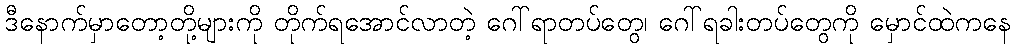
ဒီနောက်မှာတော့တို့များကို တိုက်ရအောင်လာတဲ့ ဂေါ်ရာတပ်တွေ၊ ဂေါ်ရခါးတပ်တွေကို မှောင်ထဲကနေ